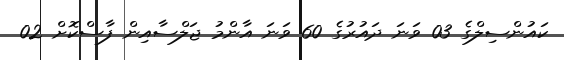
ކައުންސިލްގެ 03 ވަނަ ދައުރުގެ 60 ވަނަ އާންމު ޖަލްސާއިން ފާސްކޮށް 02